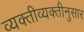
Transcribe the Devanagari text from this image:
व्यक्तीव्यक्तीनुसार